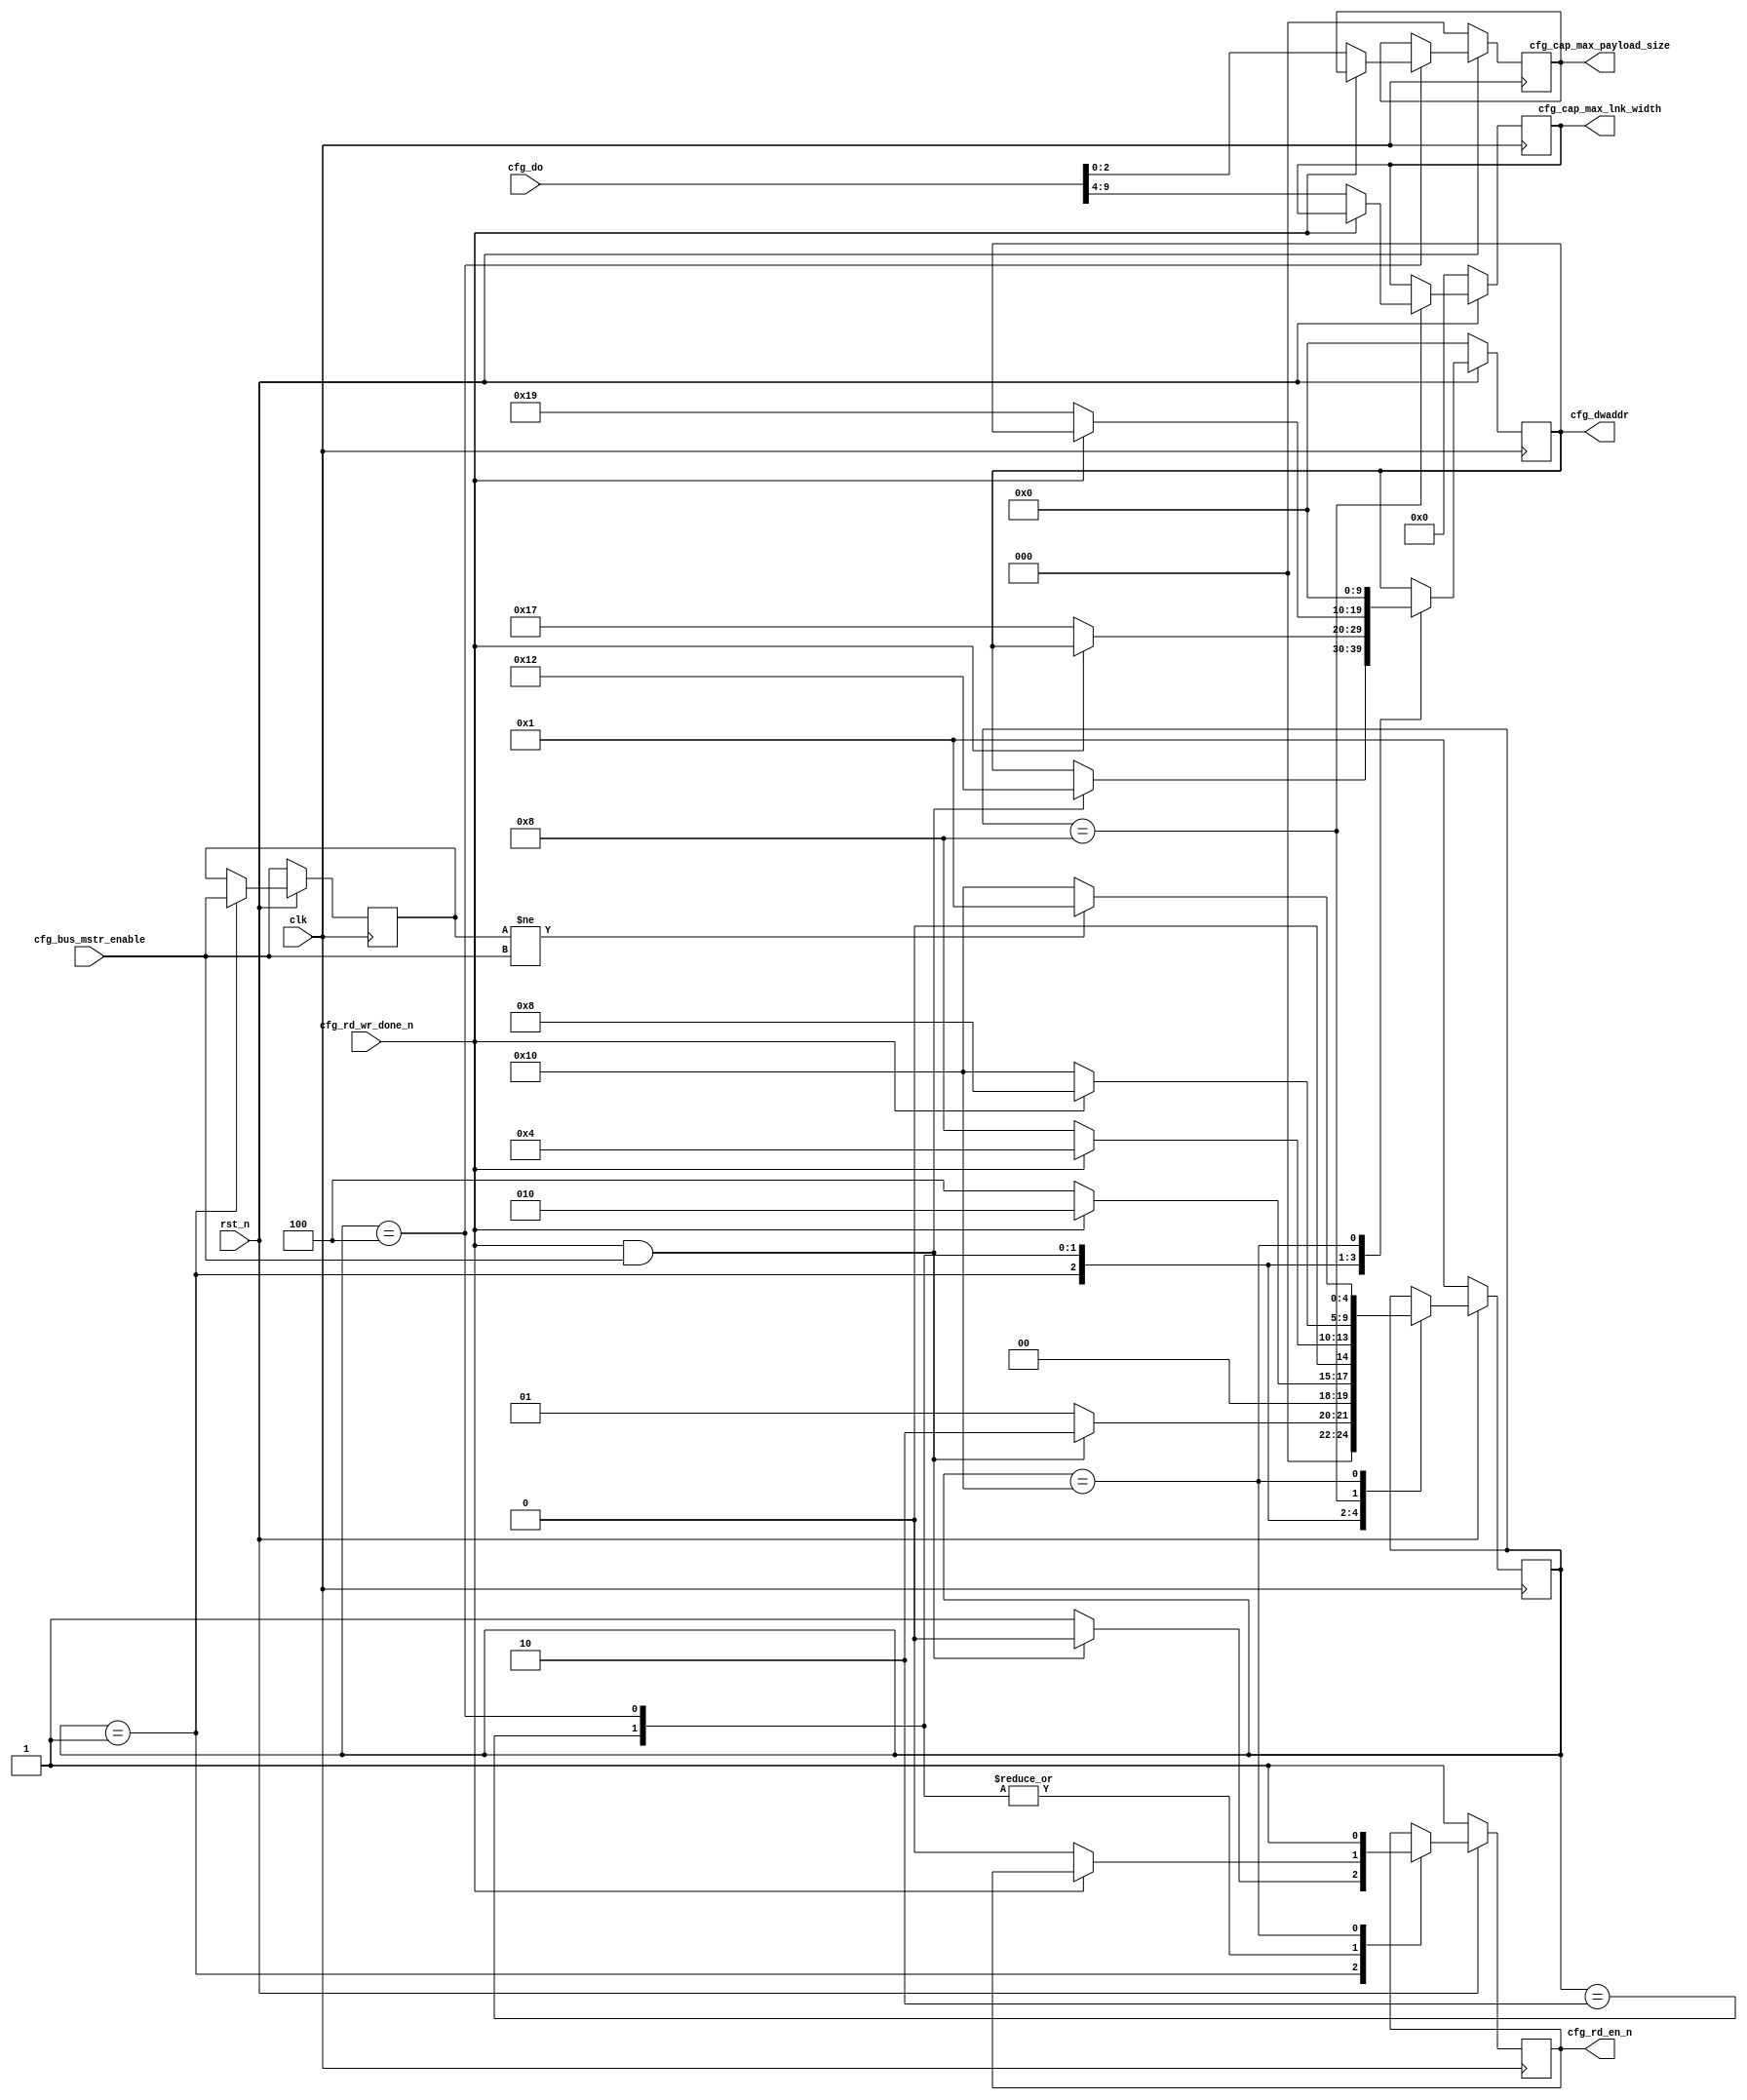
//--------------------------------------------------------------------------------
//--
//-- This file is owned and controlled by Xilinx and must be used solely
//-- for design, simulation, implementation and creation of design files
//-- limited to Xilinx devices or technologies. Use with non-Xilinx
//-- devices or technologies is expressly prohibited and immediately
//-- terminates your license.
//--
//-- Xilinx products are not intended for use in life support
//-- appliances, devices, or systems. Use in such applications is
//-- expressly prohibited.
//--
//--            **************************************
//--            ** Copyright (C) 2005, Xilinx, Inc. **
//--            ** All Rights Reserved.             **
//--            **************************************
//--
//--------------------------------------------------------------------------------
//-- Filename: BMD_CFG_CTRL.v
//--
//-- Description: Configuration Controller.
//--
//--------------------------------------------------------------------------------

`define   BMD_CFG_STATE_RESET  5'b00001
`define   BMD_CFG_STATE_MSI    5'b00010
`define   BMD_CFG_STATE_DCAP   5'b00100
`define   BMD_CFG_STATE_LCAP   5'b01000
`define   BMD_CFG_STATE_END    5'b10000

`define   BMD_CFG_MSI_CAP0_ADDR  10'h012
`ifdef PCIEBLK
`define   BMD_CFG_DEV_CAP_ADDR   10'h019
`define   BMD_CFG_LNK_CAP_ADDR   10'h01B
`else // PCIEBLK
`define   BMD_CFG_DEV_CAP_ADDR   10'h017
`define   BMD_CFG_LNK_CAP_ADDR   10'h019
`endif // PCIEBLK


`timescale 1ns/1ns

module BMD_CFG_CTRL (

                    clk,
                    rst_n,

                    cfg_bus_mstr_enable,

                    cfg_dwaddr,
                    cfg_rd_en_n,
                    cfg_do,
                    cfg_rd_wr_done_n,

                    cfg_cap_max_lnk_width,
                    cfg_cap_max_payload_size

                    );

input               clk;
input               rst_n;

input               cfg_bus_mstr_enable;
 
output [9:0]        cfg_dwaddr;
output              cfg_rd_en_n;
input  [31:0]       cfg_do;
input               cfg_rd_wr_done_n;

output [5:0]        cfg_cap_max_lnk_width;
output [2:0]        cfg_cap_max_payload_size;

reg [4:0]           cfg_intf_state;
reg                 cfg_bme_state;
reg [9:0]           cfg_dwaddr;
reg                 cfg_rd_en_n;
reg [15:0]          cfg_msi_control;
reg [5:0]           cfg_cap_max_lnk_width;
reg [2:0]           cfg_cap_max_payload_size;


always @(posedge clk ) begin

  if ( !rst_n ) begin

    cfg_dwaddr <= 0;
    cfg_rd_en_n <= 1'b1;
    cfg_msi_control <= 16'b0;
    cfg_cap_max_lnk_width <= 6'b0;
    cfg_cap_max_payload_size <= 3'b0;
    cfg_intf_state <= `BMD_CFG_STATE_RESET;
    cfg_bme_state <= cfg_bus_mstr_enable;

  end else begin

    case ( cfg_intf_state )

      `BMD_CFG_STATE_RESET : begin
        cfg_bme_state <= cfg_bus_mstr_enable;
        if (cfg_rd_wr_done_n == 1'b1 && cfg_bus_mstr_enable) begin
          cfg_dwaddr <= `BMD_CFG_MSI_CAP0_ADDR;
          cfg_rd_en_n <= 1'b0;
          cfg_intf_state <= `BMD_CFG_STATE_MSI;
        end else begin
          cfg_intf_state <= `BMD_CFG_STATE_RESET;
          cfg_rd_en_n <= 1'b1;
        end
      end

      `BMD_CFG_STATE_MSI : begin
        if (cfg_rd_wr_done_n == 1'b0) begin
          cfg_msi_control <= cfg_do[31:16];
          cfg_dwaddr <= `BMD_CFG_DEV_CAP_ADDR;
          cfg_rd_en_n <= 1'b0;
          cfg_intf_state <= `BMD_CFG_STATE_DCAP;
        end else begin
          cfg_intf_state <= `BMD_CFG_STATE_MSI;
        end
      end

      `BMD_CFG_STATE_DCAP : begin
        if (cfg_rd_wr_done_n == 1'b0) begin
          cfg_cap_max_payload_size <= cfg_do[2:0];
          cfg_dwaddr <= `BMD_CFG_LNK_CAP_ADDR;
          cfg_rd_en_n <= 1'b0;
          cfg_intf_state <= `BMD_CFG_STATE_LCAP;
        end else begin
          cfg_intf_state <= `BMD_CFG_STATE_DCAP;
        end
      end

      `BMD_CFG_STATE_LCAP : begin
        if (cfg_rd_wr_done_n == 1'b0) begin
          cfg_cap_max_lnk_width <= cfg_do[9:4];
          cfg_intf_state <= `BMD_CFG_STATE_END;
        end else begin
          cfg_intf_state <= `BMD_CFG_STATE_LCAP;
        end
      end
      
      `BMD_CFG_STATE_END : begin
        cfg_dwaddr <= 0;
        cfg_rd_en_n <= 1'b1; 
        if (cfg_bme_state != cfg_bus_mstr_enable)
          cfg_intf_state <= `BMD_CFG_STATE_RESET;
        else
          cfg_intf_state <= `BMD_CFG_STATE_END;
      end
    
    endcase
  
  end

end



endmodule // BMD_CFG_CTRL